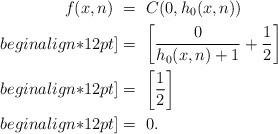
LaTeX: \begin{align*}f(x,n) \ &=\ C(0,h_0(x,n))\\begin{align*}12pt]&=\ \bigg[\frac{0}{h_0(x,n) + 1} + \frac{1}{2}\bigg]\\begin{align*}12pt]&=\ \bigg[\frac{1}{2}\bigg]\\begin{align*}12pt]&=\ 0.\end{align*}